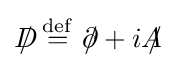
D\!\!\!\!/\ {\stackrel {\mathrm {def} }{=}}\ \partial \!\!\!/+iA\!\!\!/